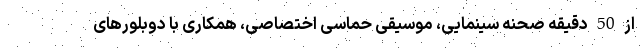
از 50 دقیقه صحنه سینمایی، موسیقی حماسی اختصاصی، همکاری با دوبلورهای